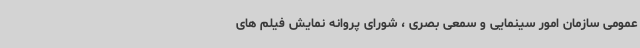
عمومی سازمان امور سینمایی و سمعی بصری ، شورای پروانه نمایش فیلم های